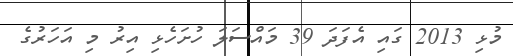
މުޅި 2013 ގައި އެފަދަ 39 މައްސަލަ ހުށަހެޅި އިރު މި އަހަރުގެ